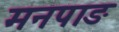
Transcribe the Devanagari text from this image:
मनपाङ